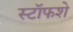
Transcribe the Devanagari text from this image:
स्टॉफशे